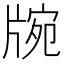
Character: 𤗍